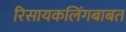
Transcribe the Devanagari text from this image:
रिसायकलिंगबाबत